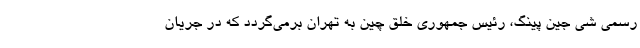
رسمی شی جین پینگ، رئیس جمهوری خلق چین به تهران برمی‌گردد که در جریان‌